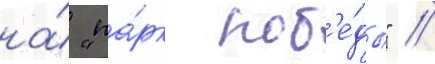
на́ "па́рк поб'е́ды" /